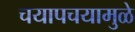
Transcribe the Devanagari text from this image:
चयापचयामुळे